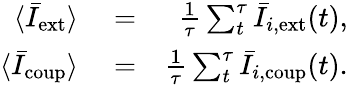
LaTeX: \begin{array}{rlr}{\langle\bar{I}_{\mathrm{ext}}\rangle}&{{}=}&{\frac{1}{\tau}\sum_{t}^{\tau}\bar{I}_{i,\mathrm{ext}}(t),}\\ {\langle\bar{I}_{\mathrm{coup}}\rangle}&{{}=}&{\frac{1}{\tau}\sum_{t}^{\tau}\bar{I}_{i,\mathrm{coup}}(t).}\end{array}